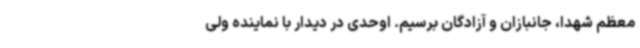
معظم شهدا، جانبازان و آزادگان برسیم. اوحدی در دیدار با نماینده ولی